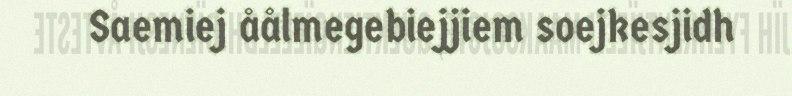
Saemiej åålmegebiejjiem soejkesjidh